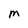
Character: M